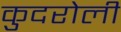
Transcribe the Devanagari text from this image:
कुदरोली